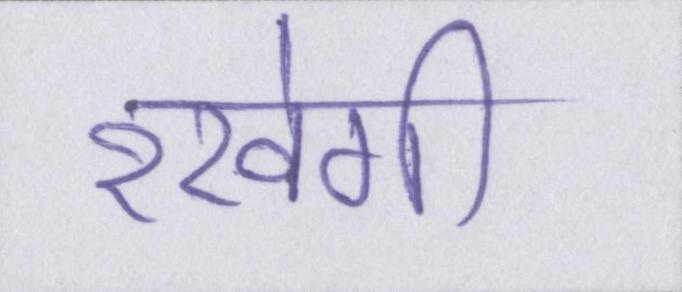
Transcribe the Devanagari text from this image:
रखेगी